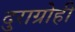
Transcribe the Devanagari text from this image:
दुराग्रोही